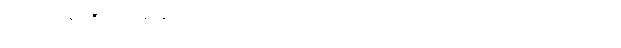
ယူဆ နေရာ၏။ ရုပ်နှင့်နာမ် ပေါင်းစပ်၍ လူဟု ခေါ်ဝေါ်အပ်သာ ပညတ်မျှသာ ဖြစ်ကြောင်း